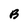
Character: B